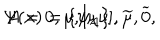
\Psi ( x ) = \left\{ \psi _ { A } \right\} , \hspace { 0 . 5 i n } A = 0 , \mu , [ \mu \nu ] , \widetilde { \mu } , \widetilde { 0 } ,